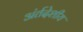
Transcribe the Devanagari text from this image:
अंर्तदेशीय